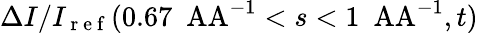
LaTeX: \Delta I/I_{\mathrm{~r~e~f~}}(0.67\ \mathrm{\ AA}^{-1}<s<1\ \mathrm{\ AA}^{-1},t)